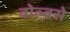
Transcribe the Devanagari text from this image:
वोल्वसे